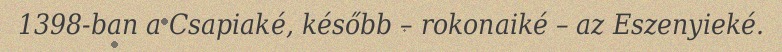
1398-ban a Csapiaké, később – rokonaiké – az Eszenyieké.